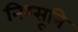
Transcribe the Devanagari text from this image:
निरसूनि